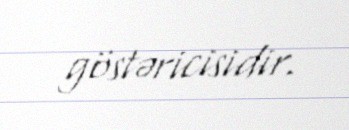
göstəricisidir.